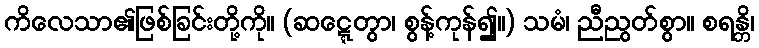
ကိလေသာ၏ဖြစ်ခြင်းတို့ကို။ (ဆဋ္ဋေတွာ၊ စွန့်ကုန်၍။) သမံ၊ ညီညွတ်စွာ။ စရန္တိ၊